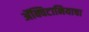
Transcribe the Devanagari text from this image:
ॲक्विटानियाचा